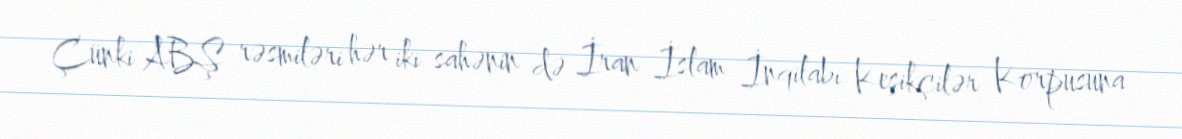
Çünki ABŞ rəsmiləri hər iki sahənin də İran İslam İnqilabı Keşikçilər Korpusuna